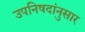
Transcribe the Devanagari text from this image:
उपनिषदांनुसार